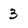
Character: 3